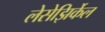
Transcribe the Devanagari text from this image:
लेसेझिर्केल